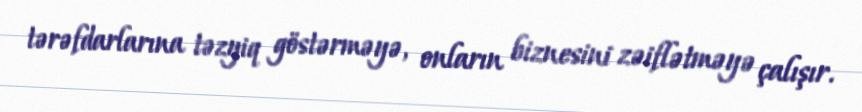
tərəfdarlarına təzyiq göstərməyə, onların biznesini zəiflətməyə çalışır.